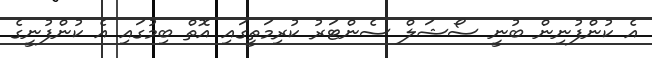
އެ ކުންފުނިން ބުނީ ސޯޝަލް ސެންޓަރު ކުރިމަތީގައި އޮތް ބިމުގައި އެ ކުންފުނީގެ